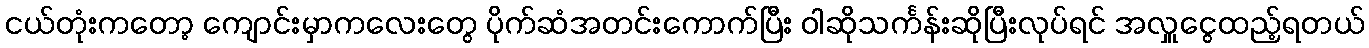
ငယ်တုံးကတော့ ကျောင်းမှာကလေးတွေ ပိုက်ဆံအတင်းကောက်ပြီး ဝါဆိုသင်္ကန်းဆိုပြီးလုပ်ရင် အလှူငွေထည့်ရတယ်